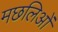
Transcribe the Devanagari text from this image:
मछलिओं